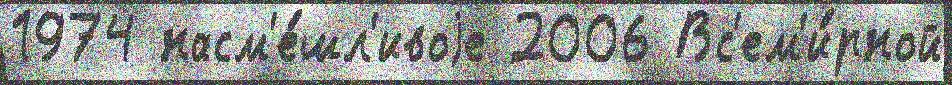
1974 насм'е́шл'ивоjе 2006 Вс'ем'и́рной